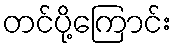
တင်ပို့ကြောင်း